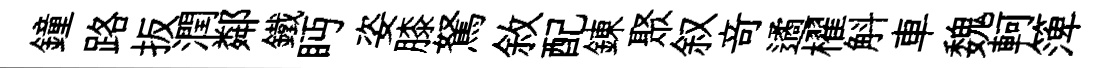
鐘路扳潤鄰鐵眄姿膝駑敘配錬聚叙竒遹櫂斛車魏軻𥱼